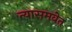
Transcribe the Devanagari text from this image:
त्यासमवेत